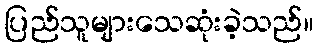
ပြည်သူများသေဆုံးခဲ့သည်။